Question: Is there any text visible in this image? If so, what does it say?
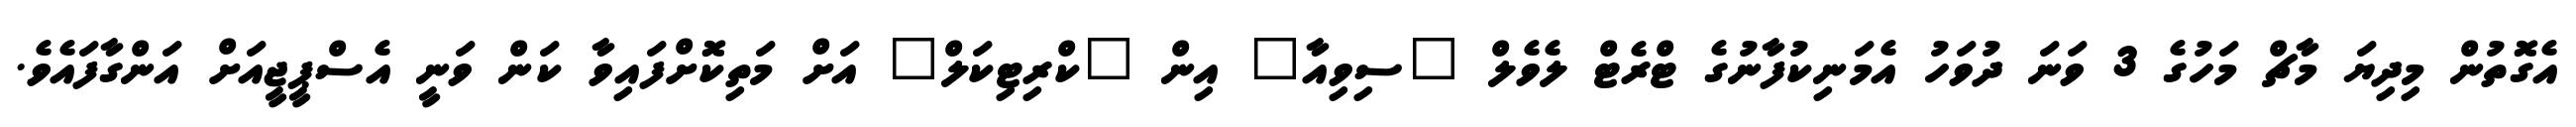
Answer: އެގޮތުން މިދިޔަ މާޗް މަހުގެ 3 ވަނަ ދުވަހު އެމަނިކުފާނުގެ ޓްރެޓް ލެވެލް "ސިވިއާ" އިން "ކްރިޓިކަލް" އަށް މަތިކޮށްފައިވާ ކަން ވަނީ އެސްޕީޖީއަށް އަންގާފައެވެ.